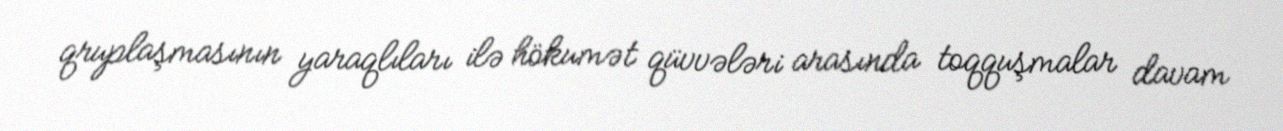
qruplaşmasının yaraqlıları ilə hökumət qüvvələri arasında toqquşmalar davam